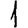
Digit: 1